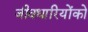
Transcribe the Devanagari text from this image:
जीवधारियोंको